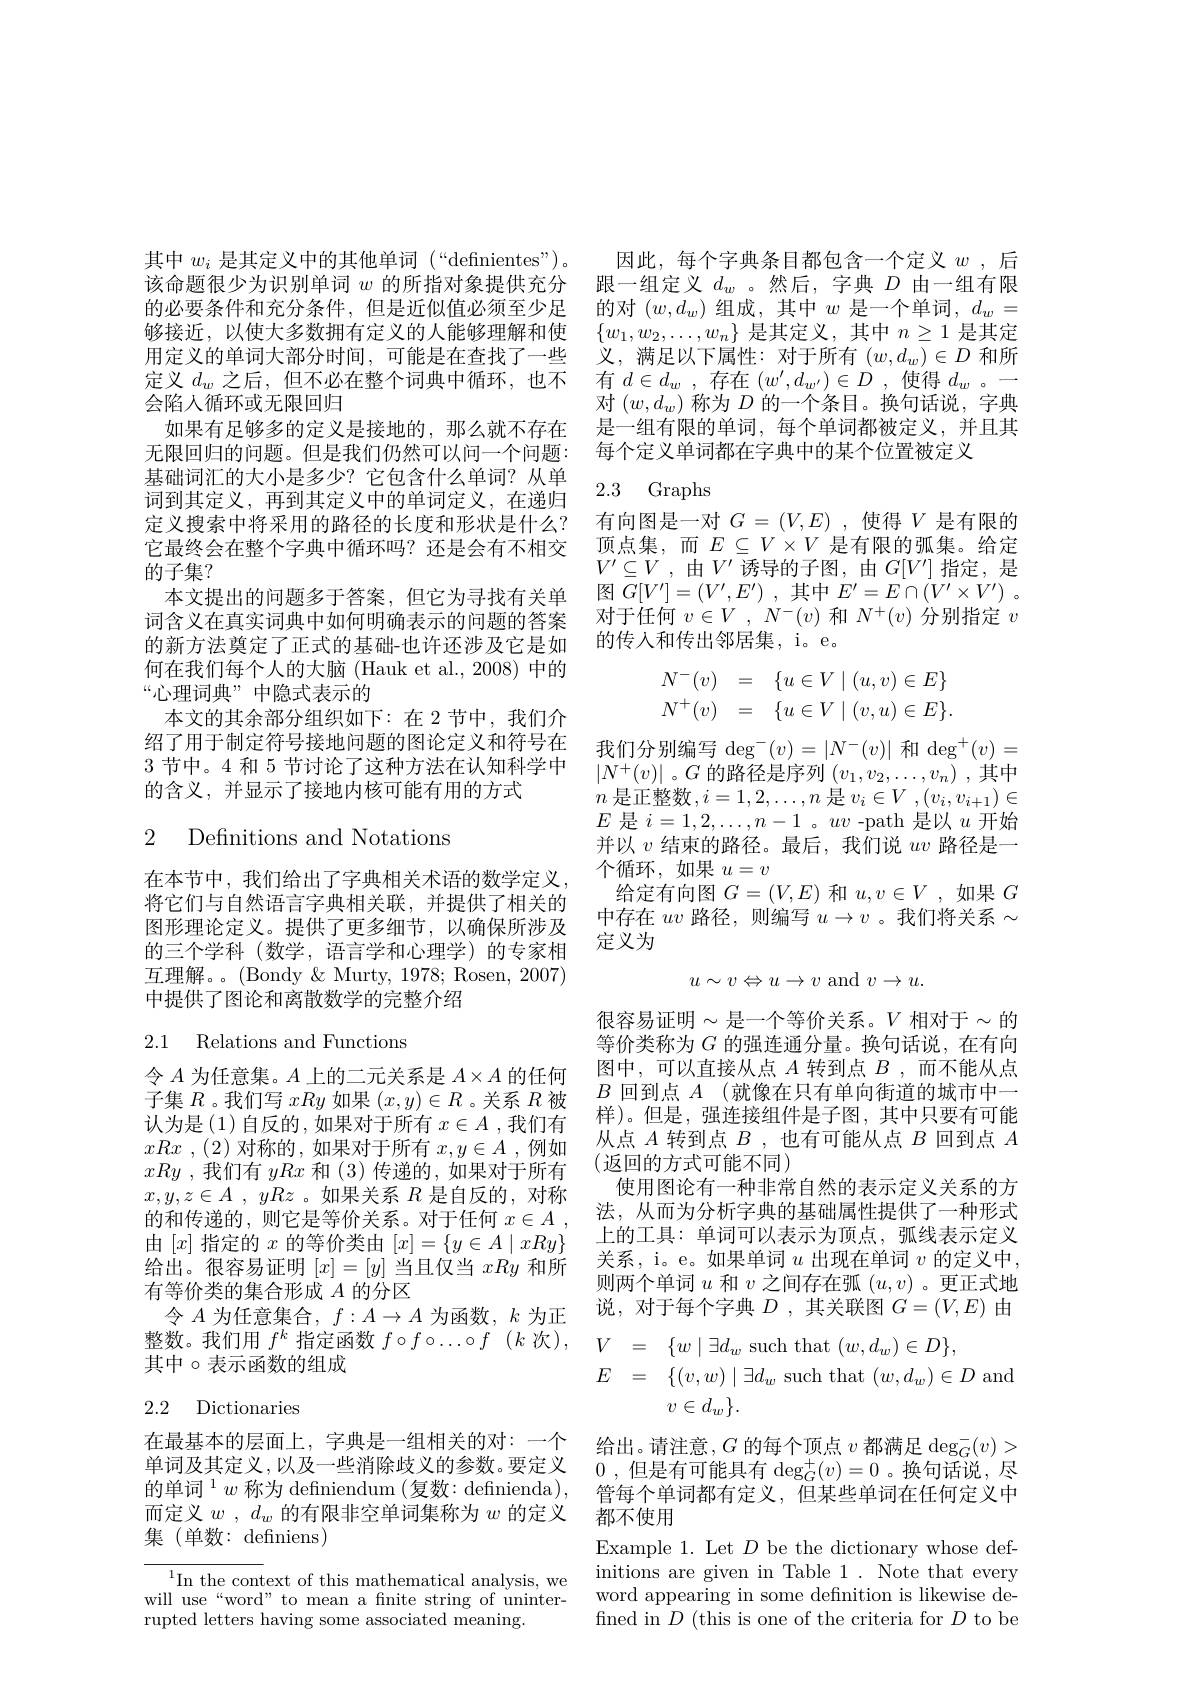
其中$w_i$是其定义中的其他单词 (“definientes”)。该命题很少为识别单词$w$的所指对象提供充分的必要条件和充分条件，但是近似值必须至少足够接近，以使大多数拥有定义的人能够理解和使用定义的单词大部分时间，可能是在查找了一些定义$d_w$之后，但不必在整个词典中循环，也不会陷人循环或无限回归
如果有足够多的定义是接地的，那么就不存在无限回归的问题。但是我们仍然可以问一个问题： 基础词汇的大小是多少？它包含什么单词？从单词到其定义，再到其定义中的单词定义，在递归定义搜索中将采用的路径的长度和形状是什么？ 它最终会在整个字典中循环吗？还是会有不相交的子集？
本文提出的问题多于答案，但它为寻找有关单词含义在真实词典中如何明确表示的问题的答案的新方法奠定了正式的基础-也许还涉及它是如何在我们每个人的大脑 (Hauk et al., 2008) 中的“心理词典”中隐式表示的
本文的其余部分组织如下：在 2 节中，我们介绍了用于制定符号接地问题的图论定义和符号在3节中。4 和 5 节讨论了这种方法在认知科学中的含义，并显示了接地内核可能有用的方式

2 Definitions and Notations

在本节中，我们给出了字典相关术语的数学定义， 将它们与自然语言字典相关联，并提供了相关的图形理论定义。提供了更多细节，以确保所涉及的三个学科 (数学，语言学和心理学)的专家相互理解。。(Bondy & Murty, 1978; Rosen, 2007) 中提供了图论和离散数学的完整介绍

# 2.1 Relations and Functions

令$A$为任意集。$A$上的二元关系是$A\times A$的任何子集$R$ 。我们写xRy如果$(x,y)\in R$ 。关系$R$被认为是(1)自反的，如果对于所有$x\in A$ ,我们有xRx , (2) 对称的，如果对于所有 $x, y\in A$ ,例如xRy ,我们有yRx和 (3)传递的，如果对于所有$x, y, z\in A$ , yRz 。如果关系$R$是自反的，对称的和传递的，则它是等价关系。对于任何$x\in A$ , 由$[x]$指定的$x$的等价类由$[x]=\{y\in A\mid xRy\}$ 给出。很容易证明$[x]=[y]$当且仅当xRy和所有等价类的集合形成$A$的分区
令$A$为任意集合，$f:A\to A$为函数，$k$为正整数。我们用$f^k$指定函数$f\circ f\circ\ldots\circ f$ ($k$次), 其中$\circ$表示函数的组成

# 2.2 Dictionaries

在最基本的层面上，字典是一组相关的对：一个单词及其定义，以及一些消除歧义的参数。要定义的单词$^1w$ 称为 definiendum (复数：definienda), 而定义$w,d_w$的有限非空单词集称为 $w$ 的定义集(单数：definiens)

$^{1}$In the context of this mathematical analysis, we will use“word”to mean a fnite string of uninterrupted letters having some associated meaning.

因此，每个字典条目都包含一个定义$w$,后跟一组定义$d_w$ 。然后，字典$D$由一组有限的对$(w,d_w)$组成，其中$w$是一个单词$,d_w=$ $\{w_1,w_2,\ldots,w_n\}$是其定义，其中$n\geq1$是其定义，满足以下属性：对于所有$(w,d_w)\in D$ 和所有$d\in d_w$ ,存在$( w^\prime , d_{w^{\prime }}) \in D$ ,使得$d_w$ 。一对$(w,d_w)$称为$D$的一个条目。换句话说，字典是一组有限的单词，每个单词都被定义，并且其每个定义单词都在字典中的某个位置被定义

# 2.3 Graphs

有向图是一对$G=(V,E)$ ,使得$V$是有限的顶点集，而$E\subseteq V\times V$是有限的弧集。给定$V^{\prime}\subseteq V$ ,由$V^\prime$诱导的子图，由$G[V^\prime]$指定，是图$G[ V^\prime ] = ( V^{\prime }, E^{\prime })$ ,其中$E^\prime = E\cap ( V^{\prime }\times V^{\prime })$ . 对于任何$v\in V$ , $N^- ( v)$和$N^+(v)$分别指定$v$ 的传入和传出邻居集，i。e。
$$\begin{array}{rcl}N^-(v)&=&\{u\in V\mid(u,v)\in E\}\\N^+(v)&=&\{u\in V\mid(v,u)\in E\}.\end{array}$$
我们分别编写$\deg^-(v)=|N^-(v)|$ 和$\deg^+(v)=$ $\left|N^{+}(v)\right|$。$G$的路径是序列$(v_1,v_2,\ldots,v_n)$ ,其中$n$是正整数$,i=1,2,\ldots,n$是$v_i\in V$ ,$(v_i,v_{i+1})\in$ $E$是$i=1,2,\ldots,n-1$ 。$uv$ -path 是以$u$开始并以$v$结束的路径。最后，我们说$uv$路径是一个循环，如果$u=v$
给定有向图$G=(V,E)$和$u,v\in V$ ,如果$G$ 中存在$uv$路径，则编写$u\to v$ 。我们将关系$\sim$ 定义为
$$u\sim v\Leftrightarrow u\to v\mathrm{~and~}v\to u.$$
很容易证明$\sim$是一个等价关系。$V$ 相对于$\sim$的等价类称为$G$的强连通分量。换句话说，在有向图中，可以直接从点$A$转到点$B$ ,而不能从点$B$回到点$A$ (就像在只有单向街道的城市中一样)。但是，强连接组件是子图，其中只要有可能从点$A$转到点$B$ ,也有可能从点$B$回到点$A$ (返回的方式可能不同)
使用图论有一种非常自然的表示定义关系的方法，从而为分析字典的基础属性提供了一种形式上的工具：单词可以表示为顶点，弧线表示定义关系，i。e。如果单词$u$出现在单词$v$的定义中， 则两个单词$u$和$v$之间存在弧$(u,v)$ 。更正式地说，对于每个字典$D$ ,其关联图$G=(V,E)$由
$$\begin{aligned}&V&&=\quad\{w\mid\exists d_{w}\mathrm{~such~that~}(w,d_{w})\in D\},\\&E&&=\quad\{(v,w)\mid\exists d_{w}\mathrm{~such~that~}(w,d_{w})\in D\\&&&v\in d_{w}\}.\end{aligned}$$
给出。请注意，$G$的每个顶点$v$都满足$\deg_G(v)>$ 0 , 但 是 有 可 能 具 有 $\deg _G^+ ( v) = 0$。换句话说，尽管每个单词都有定义，但某些单词在任何定义中

都不使用
Example 1. Let $D$ be the dictionary whose definitions are given in Table 1. Note that every word appearing in some defnition is likewise defined in $D$ (this is one of the criteria for $D$ to be